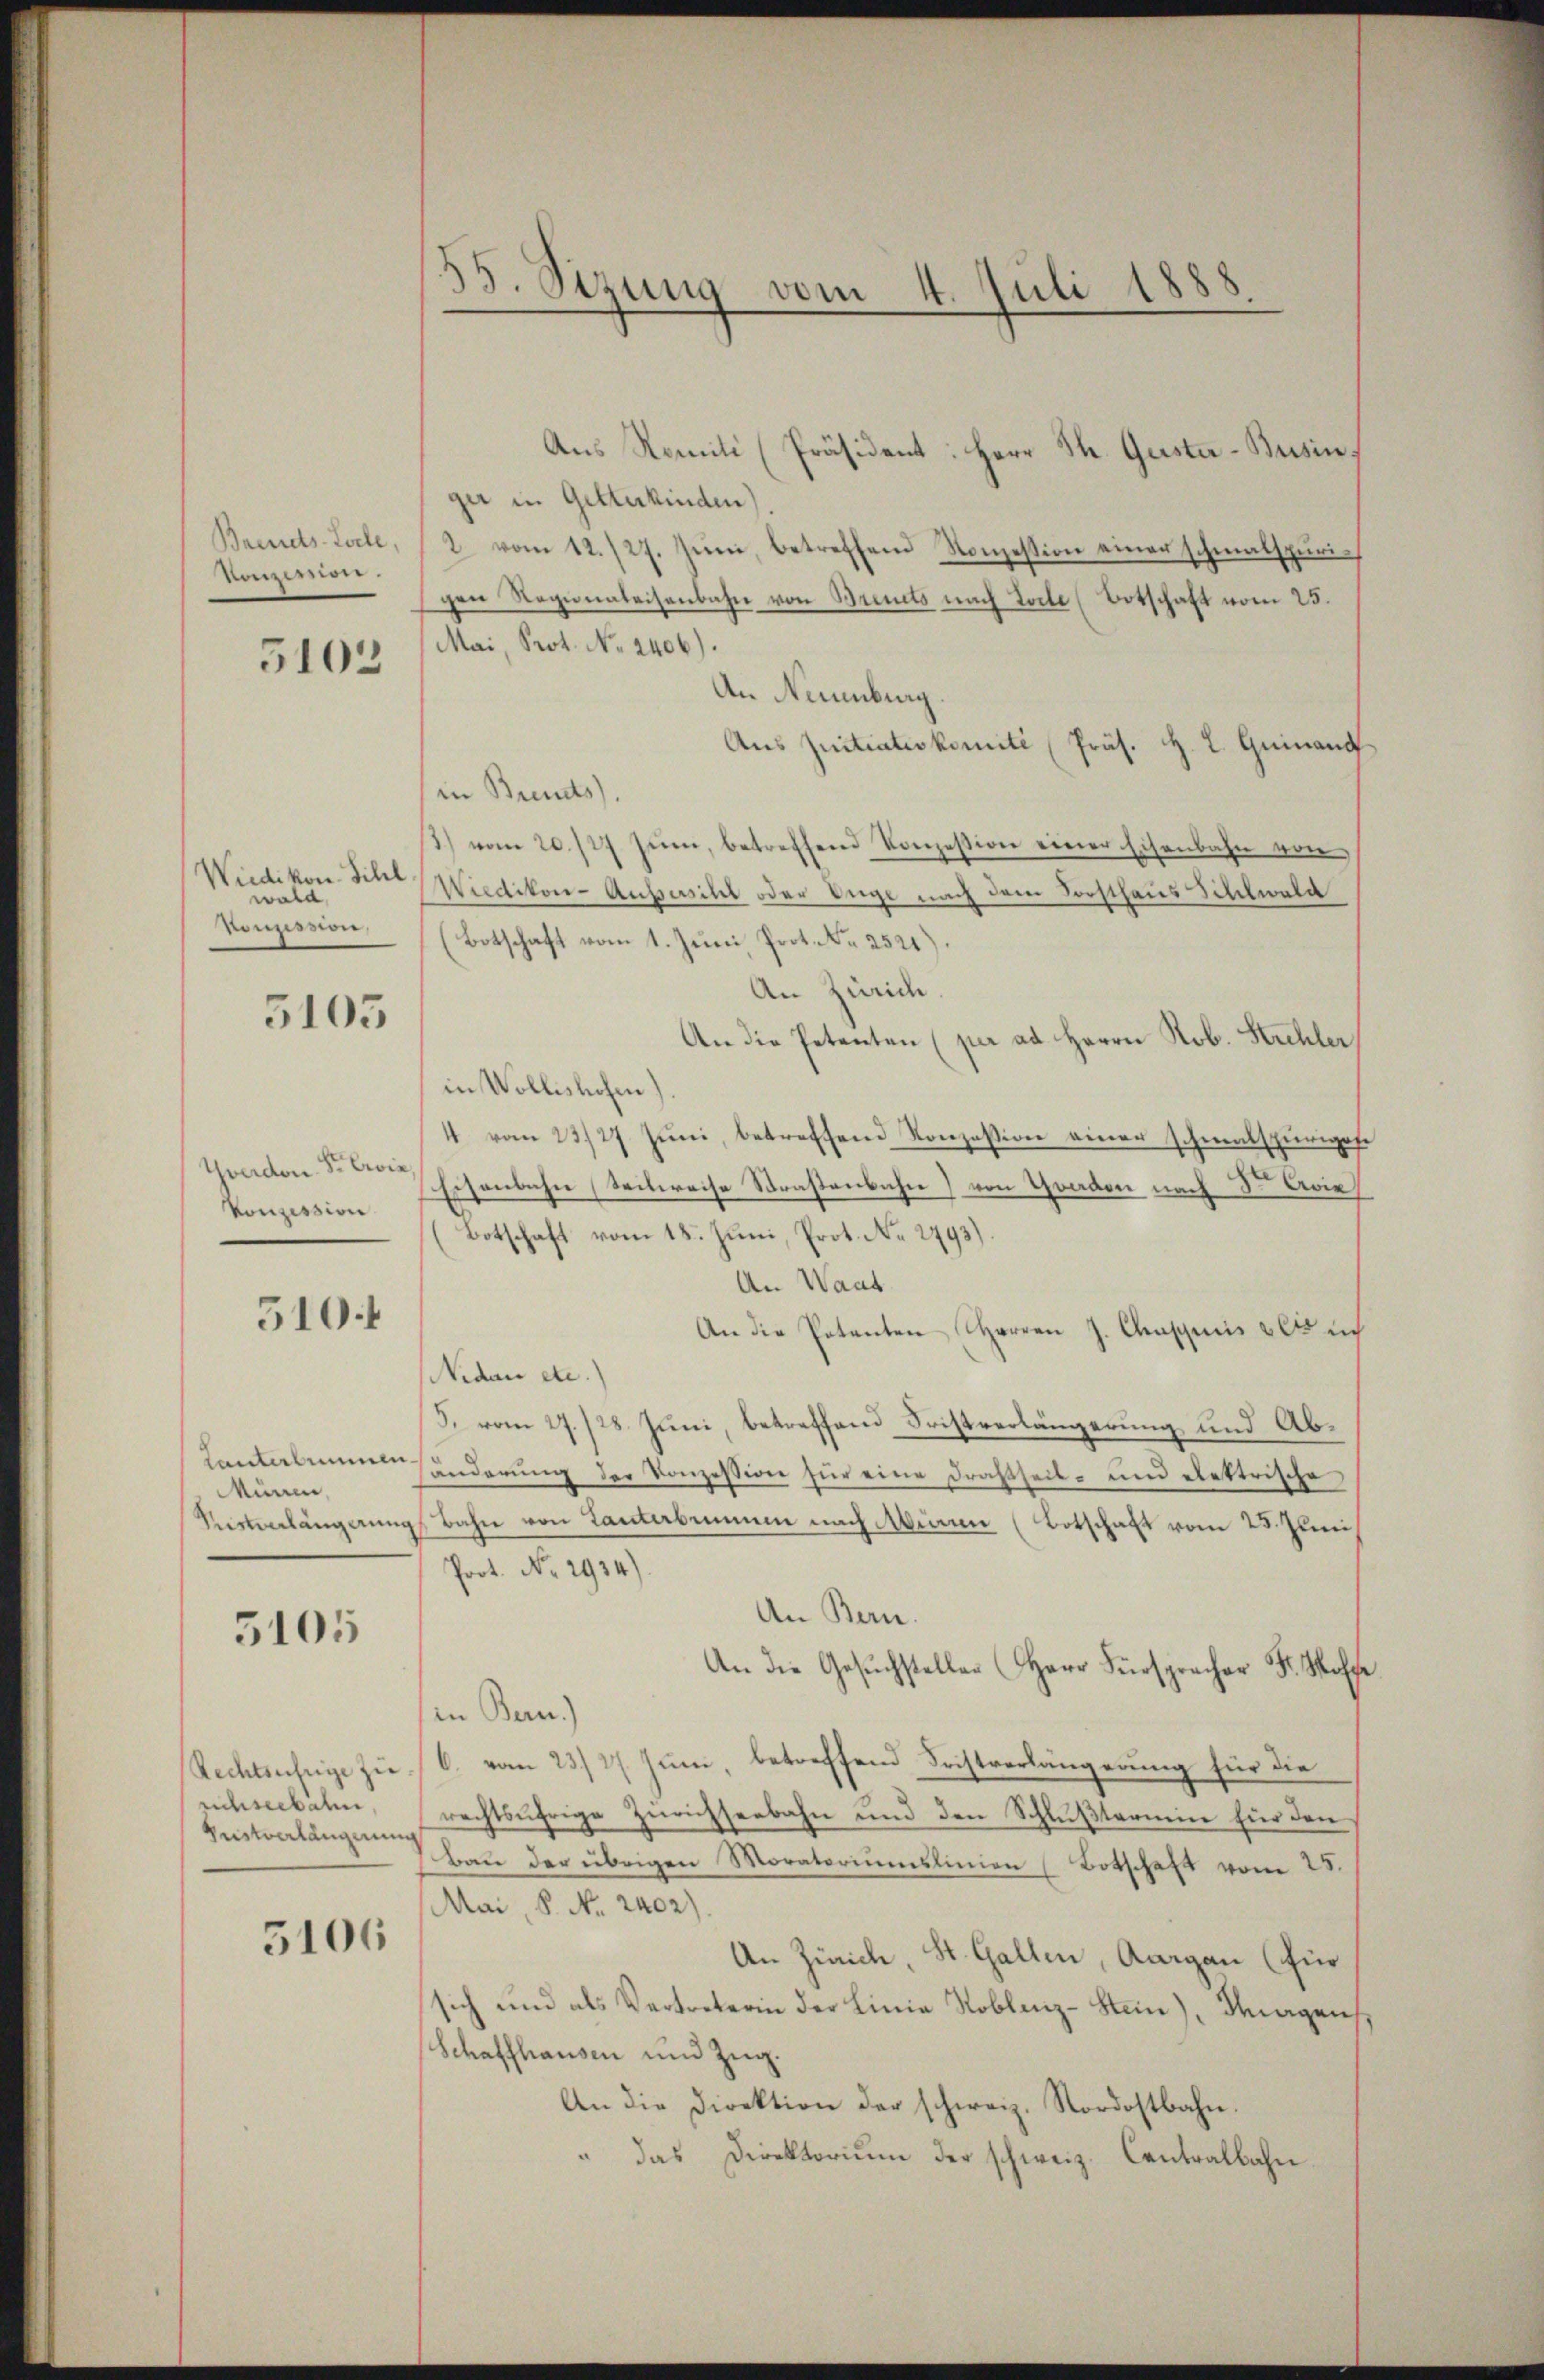
Heizerwer

Wiedikon Sihl.
wald
Konzession.

5105

Yverdon Sr. Erin,
Konzession.

510.

Lanterbummen.
Münen,

5105

richseebahn
Uitverlängerung

5106

Aus Nomili (Präsident: Herr Th. Geister-Busin.
ger in Getterkinden)
Brends tale 2 vom 12./27. Jŭni, betreffend Konzession einer schmalspurich
gen Reginaleisenbahn von Brinets nach Loche (Botschaft vom 25.
5104 (Mai, Prof. No. 2406).
An Neuenburg.
Aus quitiativkomité (Präs. H. L. Guinand
in Breits).
3) vom 20./27 sin, betreffend Konzession einer Eisenbahn von
Wiedikon-Aussersihl oder Enge nach dem Forsthaus Schelwala
Botschaft vom 1. Juni, Prot. Nr. 2521).
An Zürich.
An die Petenten (per ad Herrn Rob. Strehler
in Wollishofen).
4 vom 23/27. Jŭni, betreffend Konzession einer schmalspurigese
Eisenbahn (Seitweise Straßenbahn von Graden nach Dr Aries
Botschaft vom 18. Juni, Prot. No. 2793).
An Waat
An die Petenten Herren J. Chaschnis 265 i
Nidau etc.
J. vom 27./28. Juni, betreffend Fristverlängerung und Abänderung der Konzession für eine Drahtseit- und elektrische
Vestverlängerŭng Bahn von Tanterbenem nach Minen (Botschaft vom 25. Juni
Prot. No. 2934).
An Bern.
An die Gesŭchsteller (Herr Fürspracher Fr. Wolfe
in Bern)
Rechtsufrige zu C. vom 23. 27. Juni, betreffend Fristverlängerung für die
rechtsährige Zürichseebahn und den Schlußtermin für den
Baŭ der übrigen Moratoriŭmslinien (Botschaft vom 25.
Mai, P. Nr. 2402).
An Zürich, St. Gallen, Aargau (für
sich und als Vertreterin der Linia Toblenz-Stein), Magen,
Schaffhausen und Zug.
An die Direktion der schweiz. Nordostbahn.
das Direktorium der schweiz. Cantralbahn.

53. Sitzung vom 4. Juli 1888.